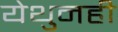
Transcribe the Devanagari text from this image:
येथुनही